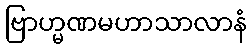
ဗြာဟ္မဏမဟာသာလာနံ